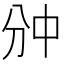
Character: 𫡇